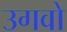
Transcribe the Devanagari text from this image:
उगवो